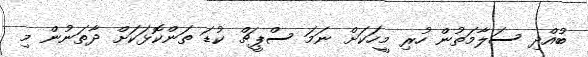
ބުއްދި ސަލާމަތުން ހުރި މީހަކަށް ނަމަ ސްޕީޗް ކުޑަ ތަންކޮޅަކަށް ދާތަނުން މި